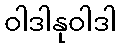
ဝါဒါနုဝါဒါ